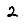
Digit: 2